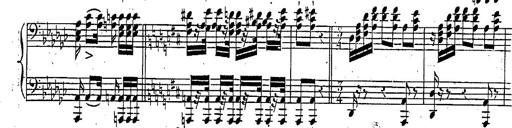
Title: Marche et Cavatine de Lucie de Lammermoor, S.398
Composer: Franz Liszt